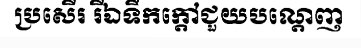
ប្រសើរ រីឯទឹកក្តៅជួយបណ្តេញ